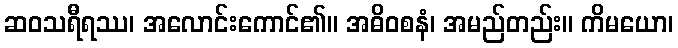
ဆဝသရီရဿ၊ အလောင်းကောင်၏။ အဓိဝစနံ၊ အမည်တည်း။ ကိမယော၊